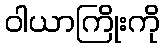
ဝါယာကြိုးကို